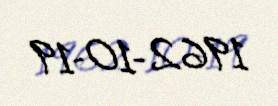
1962-10-19